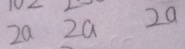
2 a 2 a 2 a